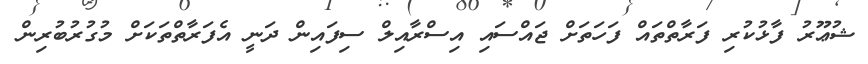
ޝުޢޫރު ފާޅުކުރި ފަރާތްތައް ފަހަތަށް ޖައްސައި އިސްރާއިލް ސިފައިން ދަނީ އެފަރާތްތަކަށް މުގުރުބުރިން